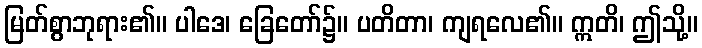
မြတ်စွာဘုရား၏။ ပါဒေ၊ ခြေတော်၌။ ပတိတာ၊ ကျရလေ၏။ ဣတိ၊ ဤသို့။